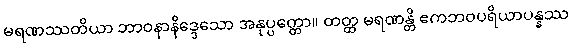
မရဏဿတိယာ ဘာဝနာနိဒ္ဒေသော အနုပ္ပတ္တော။ တတ္ထ မရဏန္တိ ဧကဘဝပရိယာပန္နဿ